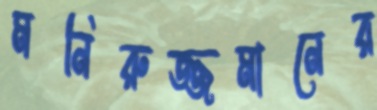
মনিরুজ্জমানের